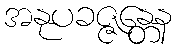
အနုပခဇ္ဇန္တေန